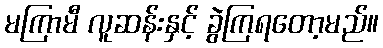
မကြာမီ လူဆန်းနှင့် ခွဲကြရတော့မည်။